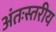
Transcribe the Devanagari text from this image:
अंतःस्तरीय